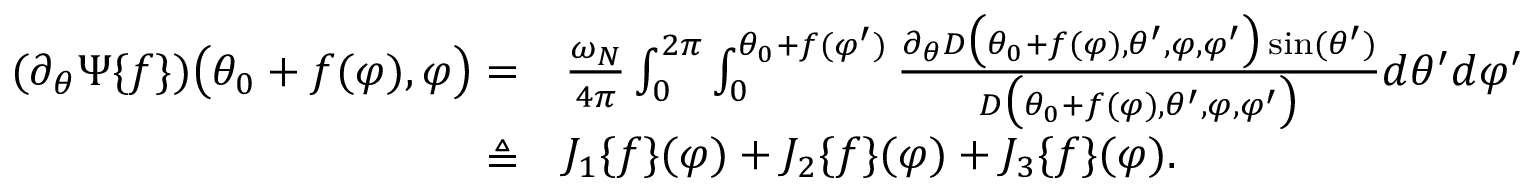
\begin{array} { r l } { ( \partial _ { \theta } \Psi \{ f \} ) \big ( \theta _ { 0 } + f ( \varphi ) , \varphi \big ) = } & { { } \frac { \omega _ { N } } { 4 \pi } \int _ { 0 } ^ { 2 \pi } \int _ { 0 } ^ { \theta _ { 0 } + f ( \varphi ^ { \prime } ) } \frac { \partial _ { \theta } D \big ( \theta _ { 0 } + f ( \varphi ) , \theta ^ { \prime } , \varphi , \varphi ^ { \prime } \big ) \sin ( \theta ^ { \prime } ) } { D \big ( \theta _ { 0 } + f ( \varphi ) , \theta ^ { \prime } , \varphi , \varphi ^ { \prime } \big ) } d \theta ^ { \prime } d \varphi ^ { \prime } } \\ { \triangleq } & { { } J _ { 1 } \{ f \} ( \varphi ) + J _ { 2 } \{ f \} ( \varphi ) + J _ { 3 } \{ f \} ( \varphi ) . } \end{array}